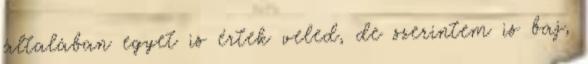
általában egyet is értek veled, de szerintem is baj,